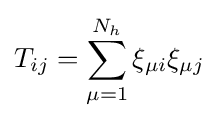
T_{ij}=\sum \limits _{\mu =1}^{N_{h}}\xi _{\mu i}\xi _{\mu j}